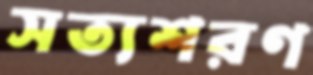
সত্যশরণ